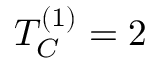
T _ { C } ^ { ( 1 ) } = 2